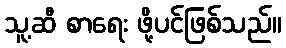
သူ့ဆီ စာရေး ဖို့ပင်ဖြစ်သည်။